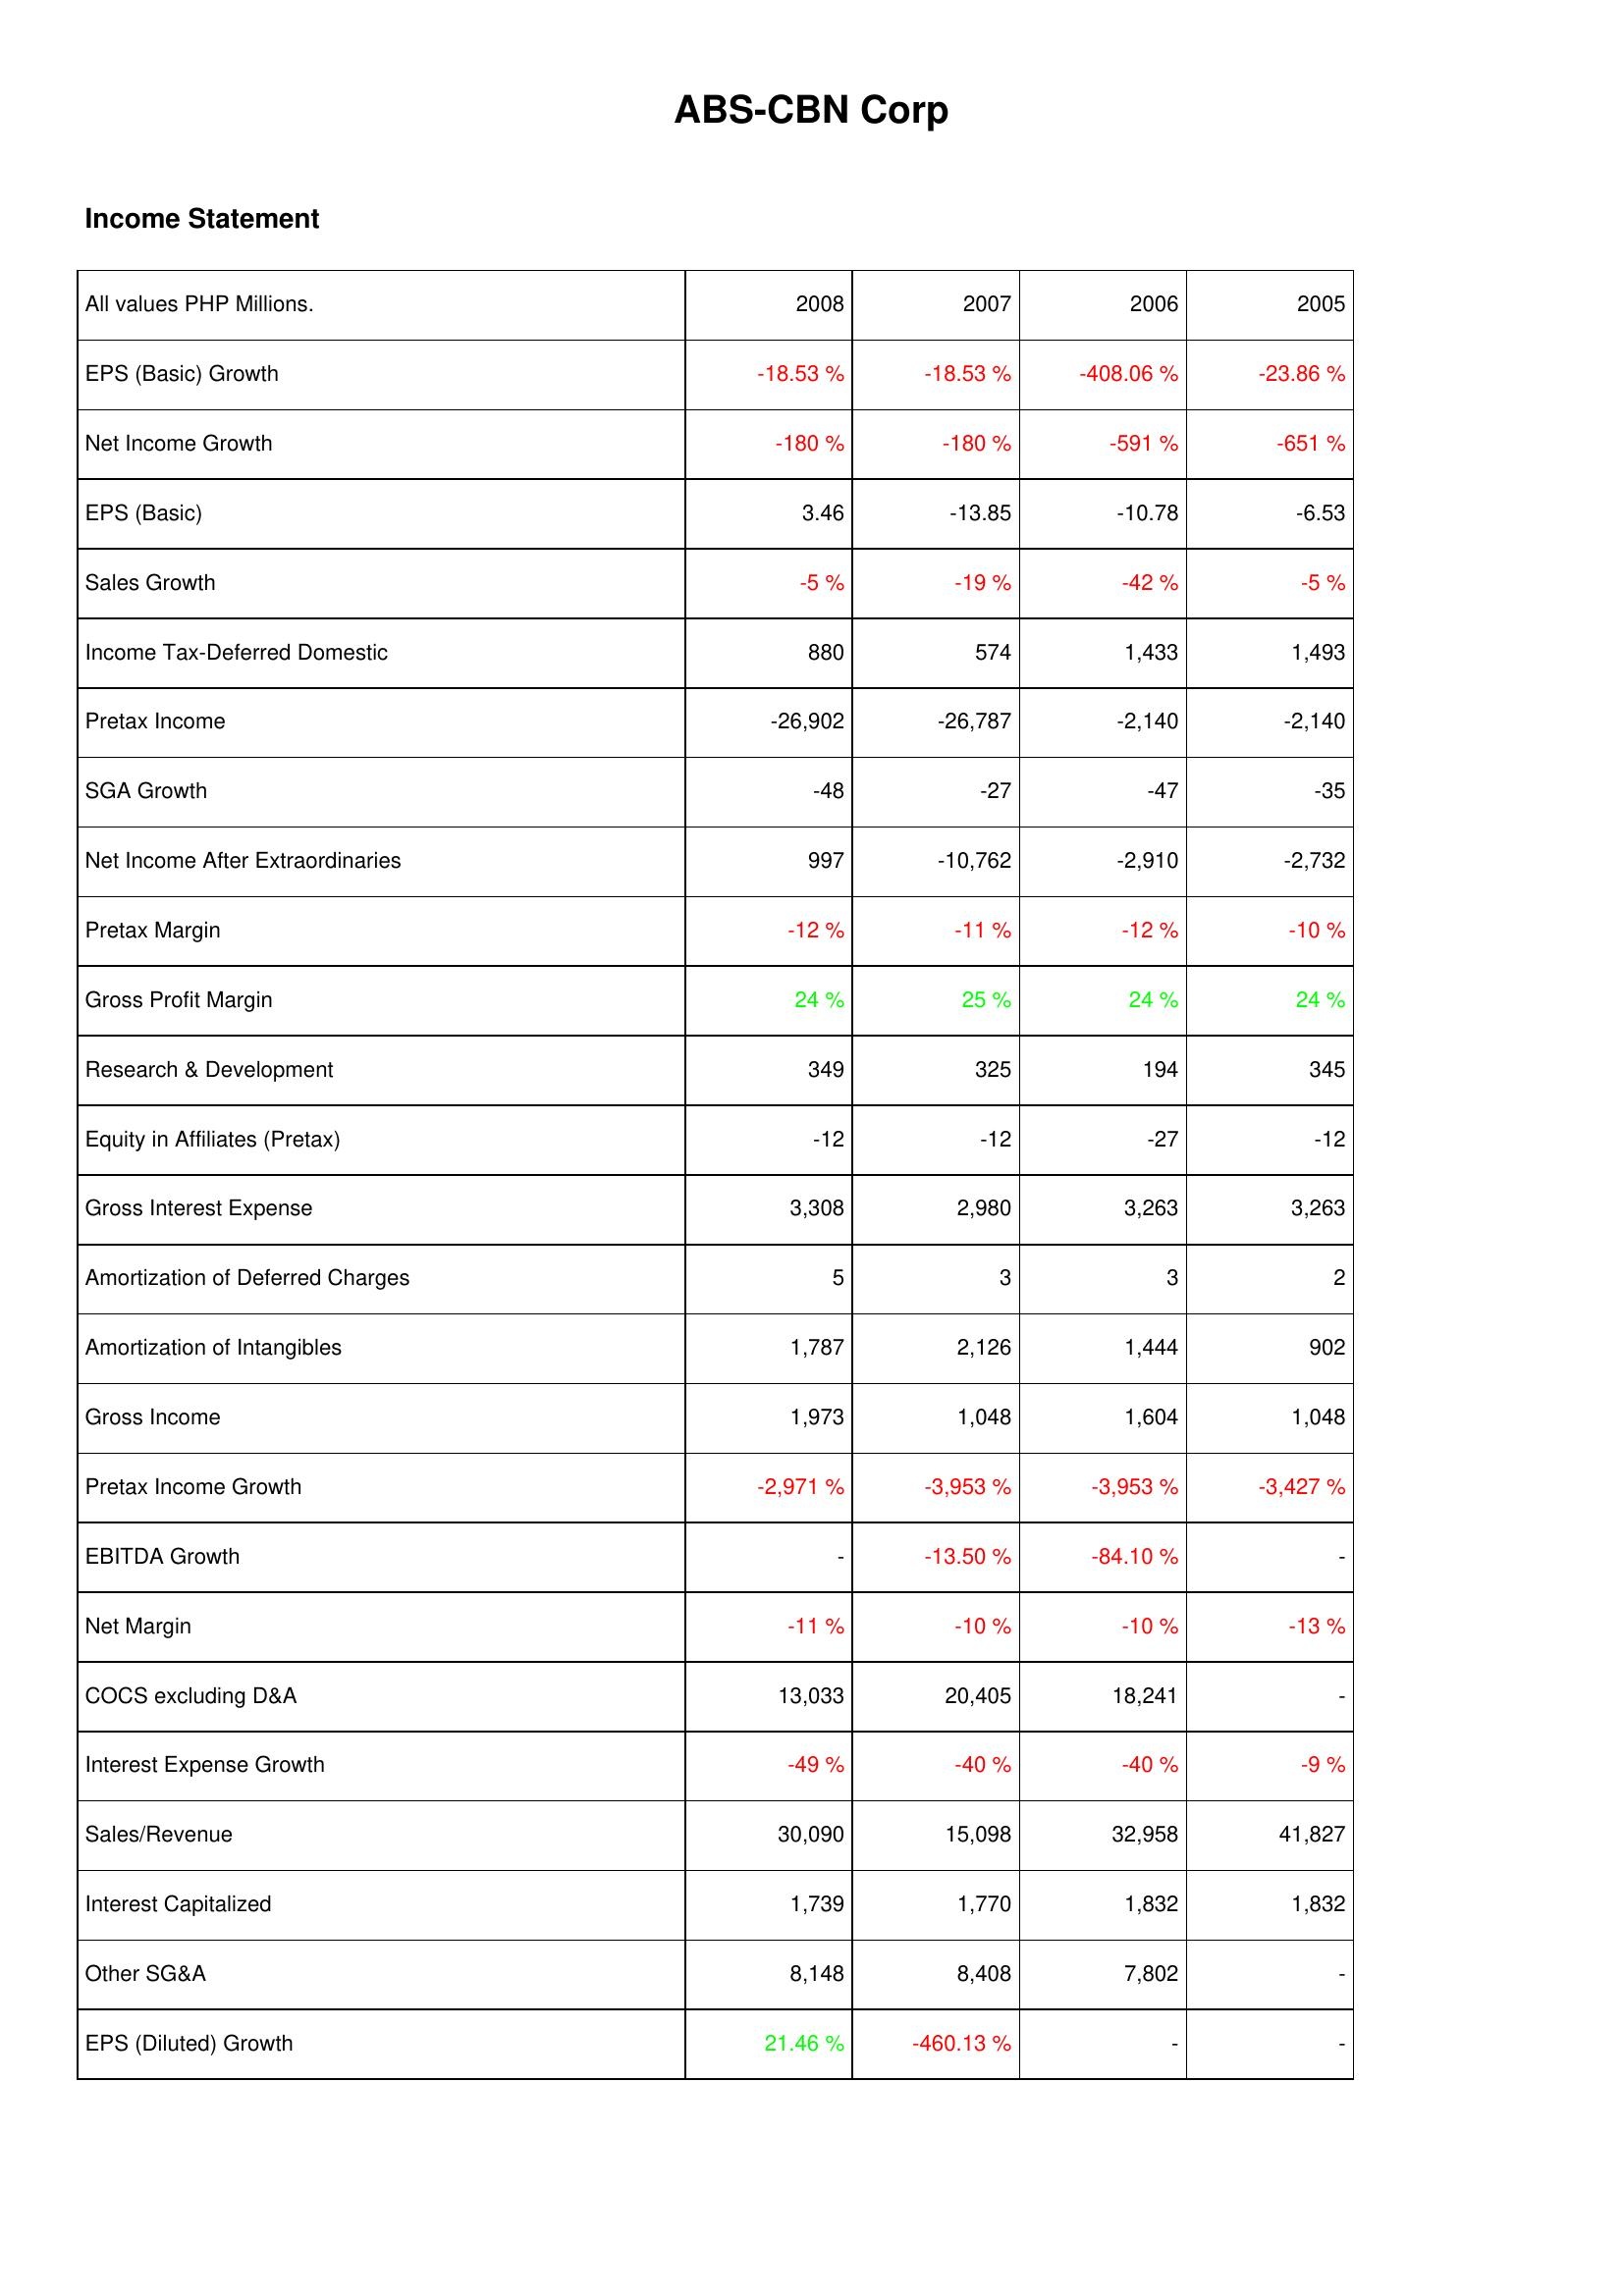
2008: Income Statement: EPS (Basic) Growth: -18.53 %
Net Income Growth: -180 %
EPS (Basic): 3.46
Sales Growth: -5 %
Income Tax-Deferred Domestic: 880
Pretax Income: -26,902
SGA Growth: -48
Net Income After Extraordinaries: 997
Pretax Margin: -12 %
Gross Profit Margin: 24 %
Research & Development: 349
Equity in Affiliates (Pretax): -12
Gross Interest Expense: 3,308
Amortization of Deferred Charges: 5
Amortization of Intangibles: 1,787
Gross Income: 1,973
Pretax Income Growth: -2,971 %
EBITDA Growth: -
Net Margin: -11 %
COCS excluding D&A: 13,033
Interest Expense Growth: -49 %
Sales/Revenue: 30,090
Interest Capitalized: 1,739
Other SG&A: 8,148
EPS (Diluted) Growth: 21.46 %
2007: Income Statement: EPS (Basic) Growth: -18.53 %
Net Income Growth: -180 %
EPS (Basic): -13.85
Sales Growth: -19 %
Income Tax-Deferred Domestic: 574
Pretax Income: -26,787
SGA Growth: -27
Net Income After Extraordinaries: -10,762
Pretax Margin: -11 %
Gross Profit Margin: 25 %
Research & Development: 325
Equity in Affiliates (Pretax): -12
Gross Interest Expense: 2,980
Amortization of Deferred Charges: 3
Amortization of Intangibles: 2,126
Gross Income: 1,048
Pretax Income Growth: -3,953 %
EBITDA Growth: -13.50 %
Net Margin: -10 %
COCS excluding D&A: 20,405
Interest Expense Growth: -40 %
Sales/Revenue: 15,098
Interest Capitalized: 1,770
Other SG&A: 8,408
EPS (Diluted) Growth: -460.13 %
2006: Income Statement: EPS (Basic) Growth: -408.06 %
Net Income Growth: -591 %
EPS (Basic): -10.78
Sales Growth: -42 %
Income Tax-Deferred Domestic: 1,433
Pretax Income: -2,140
SGA Growth: -47
Net Income After Extraordinaries: -2,910
Pretax Margin: -12 %
Gross Profit Margin: 24 %
Research & Development: 194
Equity in Affiliates (Pretax): -27
Gross Interest Expense: 3,263
Amortization of Deferred Charges: 3
Amortization of Intangibles: 1,444
Gross Income: 1,604
Pretax Income Growth: -3,953 %
EBITDA Growth: -84.10 %
Net Margin: -10 %
COCS excluding D&A: 18,241
Interest Expense Growth: -40 %
Sales/Revenue: 32,958
Interest Capitalized: 1,832
Other SG&A: 7,802
EPS (Diluted) Growth: -
2005: Income Statement: EPS (Basic) Growth: -23.86 %
Net Income Growth: -651 %
EPS (Basic): -6.53
Sales Growth: -5 %
Income Tax-Deferred Domestic: 1,493
Pretax Income: -2,140
SGA Growth: -35
Net Income After Extraordinaries: -2,732
Pretax Margin: -10 %
Gross Profit Margin: 24 %
Research & Development: 345
Equity in Affiliates (Pretax): -12
Gross Interest Expense: 3,263
Amortization of Deferred Charges: 2
Amortization of Intangibles: 902
Gross Income: 1,048
Pretax Income Growth: -3,427 %
EBITDA Growth: -
Net Margin: -13 %
COCS excluding D&A: -
Interest Expense Growth: -9 %
Sales/Revenue: 41,827
Interest Capitalized: 1,832
Other SG&A: -
EPS (Diluted) Growth: -